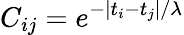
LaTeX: C_{ij}=e^{-|t_{i}-t_{j}|/\lambda}